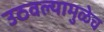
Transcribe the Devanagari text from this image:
उठवल्यामुळेच